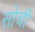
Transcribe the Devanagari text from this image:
सोचीं